Indian Medical Review
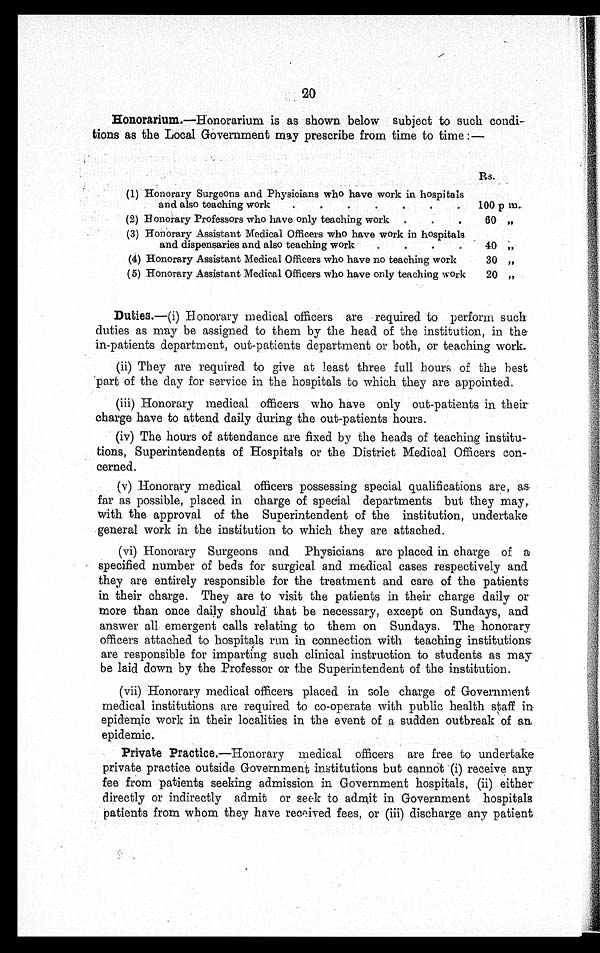
20
Honorarium.—Honorarium is as shown below subject to such condi-
tions as the Local Government may prescribe from time to time :—
Rs.
(1) Honorary Surgeons and Physicians who have work in hospitals
and also teaching work . . .
100 p m.
(2) Honorary Professors who have only teaching work . . .
60 „
(3) Honorary Assistant Medical Officers who have work in hospitals
and dispensaries and also teaching work . . .
40 ,,
(4) Honorary Assistant Medical Officers who have no teaching work . . .
30 „
(5) Honorary Assistant Medical Officers who have only teaching work . . . 20
„
Duties.—(i) Honorary medical officers are required to perform such
duties as may be assigned to them by the head of the institution, in the
in-patients . department, out-patients department or both, or teaching work.
(ii) They are required to give at least three full hours of the best
part of the day for service in the hospitals to which they are appointed.
(iii) Honorary medical officers who have only out-patients in their
charge have to attend daily during the out-patients hours.
(iv) The hours of attendance are fixed by the heads of teaching institu
-tions, Superintendents of Hospitals or the District Medical Officers con--
cerned.
(v) Honorary medical officers possessing special qualifications are, as
far as possible, placed in charge of special departments but they may,
with the approval of the Superintendent of the institution, undertake
general work in the institution to which they are attached.
(vi) Honorary Surgeons and Physicians are placed in charge of a
specified number of beds for surgical and medical cases respectively and
they are entirely responsible for the treatment and care of the patients
in their charge. They are to visit the patients in their charge daily or
more than once daily should that be necessary, except on Sundays, and
answer all emergent calls relating to them on Sundays. The honorary
officers attached to hospitals run in connection with teaching institutions
are responsible for imparting such clinical instruction to students as may
be laid down by the Professor or the Superintendent of the institution.
(vii) Honorary medical officers placed in sole charge of Government
medical institutions are required to co-operate with public health staff in
epidemic work in their localities in the event of a sudden outbreak of an
epidemic.
Private Practice. —Honorary medical officers are free to undertake
private practice outside Government institutions but cannot (i) receive any
fee from patients seeking admission in Government hospitals, (ii) either
directly or indirectly admit or seek to admit in Government hospitals
patients from whom they have received fees, or (iii) discharge any patient